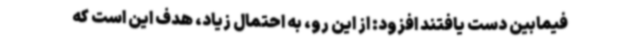
فیمابین دست یافتند افزود: از این رو، به احتمال زیاد، هدف این است که